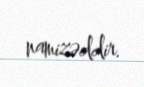
namizəddir.